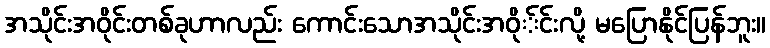
အသိုင်းအဝိုင်းတစ်ခုဟာလည်း ကောင်းသောအသိုင်းအဝို်င်းလို့ မပြောနိုင်ပြန်ဘူး။